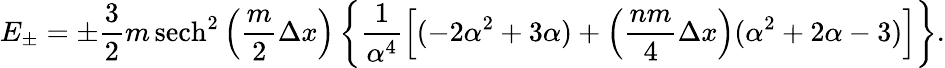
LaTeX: E_{\pm}=\pm\frac{3}{2}m\, \mathrm{sech}^{2}\left(\frac{m}{2}\Delta x\right)\left\{ \frac{1}{\alpha^{4}}\left[(-2\alpha^{2}+3\alpha)+\left(\frac{nm}{4}\Delta x\right)(\alpha^{2}+2\alpha-3)\right]\right\} .